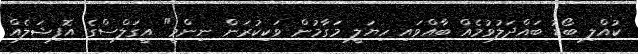
ކުއްލި ބޯޑު ބައްދަލުވުމެއް ބާއްވައި ހިޔަލީ މަގާމުން ވަކިކުރަން ނިންމީ" އީގަލްސްގެ އޮފިޝަލެއް